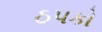
ઠપકો